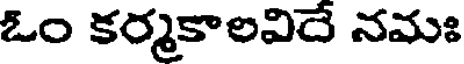
ఓం కర్మకాలవిదే నమః